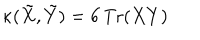
LaTeX: \kappa ( \tilde { X } , \tilde { Y } ) = 6 \, \mathrm { T r } ( X Y )